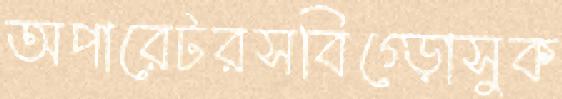
অপারেটরসবিগ্‌ড়োসুক